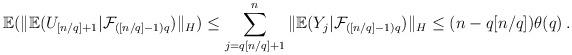
LaTeX: \begin{align*}{\mathbb E}(\|{\mathbb E}(U_{[n/q]+1}|{\mathcal F}_{({[n/q]-1})q})\|_H)\leq\sum_{j=q[n/q]+1}^{n}\|{\mathbb E}(Y_j|{\mathcal F}_{({[n/q]-1})q})\|_H\leq (n-q[n/q])\theta(q)\, .\end{align*}